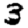
Digit: 3